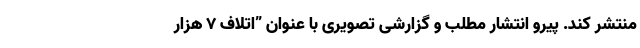
منتشر کند. پیرو انتشار مطلب و گزارشی تصویری با عنوان ”اتلاف ۷ هزار